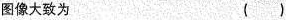
图像大致为 ()